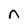
Character: n